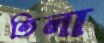
তিলা